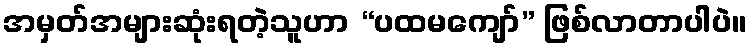
အမှတ်အများဆုံးရတဲ့သူဟာ “ပထမကျော်” ဖြစ်လာတာပါပဲ။